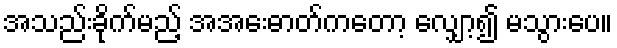
အသည်းခိုက်မည့် အအေးဓာတ်ကတော့ လျှော့၍ မသွားပေ။